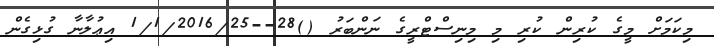
މިކަމަށް މީގެ ކުރިން ކުރި މި މިނިސްޓްރީގެ ނަންބަރު ()28--1/1/2016/25 އިޢުލާނާ ގުޅިގެން